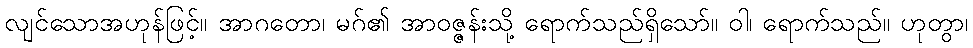
လျင်သောအဟုန်ဖြင့်။ အာဂတော၊ မဂ်၏ အာဝဇ္ဇန်းသို့ ရောက်သည်ရှိသော်။ ဝါ၊ ရောက်သည်။ ဟုတွာ၊